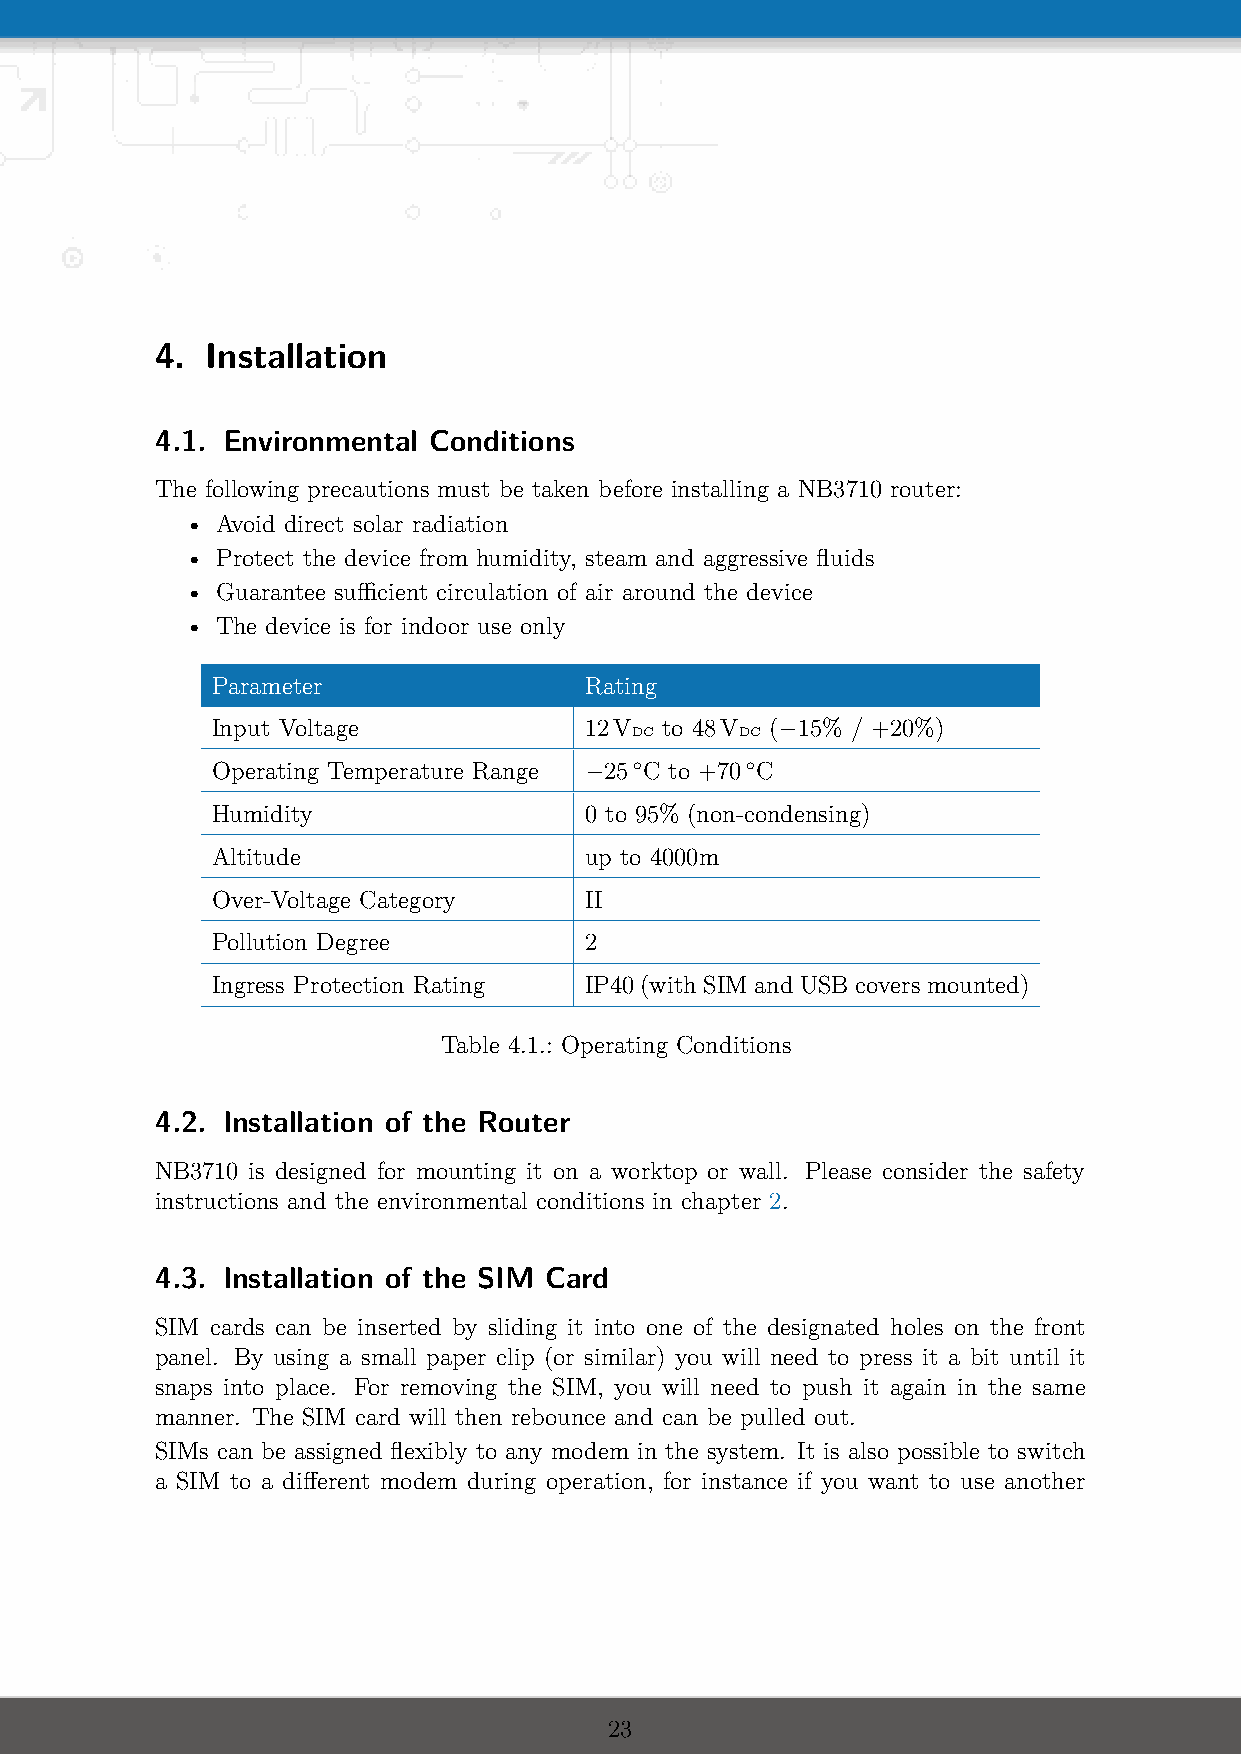
4.  Installation
 4.1. Environmental Conditions
 The following precautions must be taken before installing a NB3710 router:
 • Avoid direct solar radiation
 • Protect the device from humidity, steam and aggressive fluids
 • Guarantee sufficient circulation of air around the device
 • The device is for indoor use only
 Parameter                Rating
 Input Voltage            12V  to 48V (−15% / +20%)
 DC     DC
 Operating Temperature Range −25◦C to +70◦C
 Humidity                 0 to 95% (non-condensing)
 Altitude                 up to 4000m
 Over-Voltage Category    II
 Pollution Degree         2
 Ingress Protection Rating IP40 (with SIM and USB covers mounted)
 Table 4.1.: Operating Conditions
 4.2. Installation of the Router
 NB3710 is designed for mounting it on a worktop or wall. Please consider the safety
 instructions and the environmental conditions in chapter 2.
 4.3. Installation of the SIM Card
 SIM cards can be inserted by sliding it into one of the designated holes on the front
 panel. By using a small paper clip (or similar) you will need to press it a bit until it
 snaps into place. For removing the SIM, you will need to push it again in the same
 manner. The SIM card will then rebounce and can be pulled out.
 SIMs can be assigned flexibly to any modem in the system. It is also possible to switch
 a SIM to a different modem during operation, for instance if you want to use another
 23